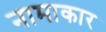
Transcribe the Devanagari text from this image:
नामाकार